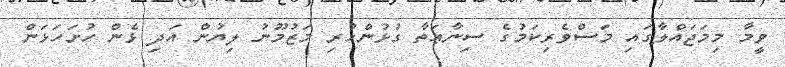
ވީމާ މިމަޖައްލާގައި މަސްވެރިކަމުގެ ސިނާޢަތާ ގުޅުންހުރި މަޒުމޫނު ލިޔުން އަދި ޅެން ހުށަހަޅަން